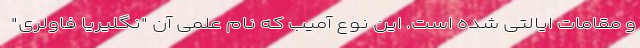
و مقامات ایالتی شده است. این نوع آمیب که نام علمی آن "نگلیریا فاولری"